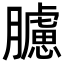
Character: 𦢛